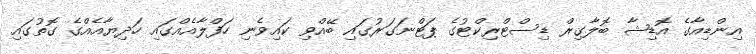
އިންޑިއާގެ އޮޑިޝާ ބޮލާގިރް ޑިސްޓްރިކްޓުގެ ޕަޓްނަގަރުގައި ބޭއްވި ކައިވެނި ހަފްލާއެއްގައި ހަދިޔާއެއްގެ ގޮތުގައި